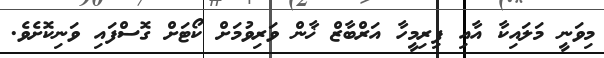
މިވަނީ މަލައިކާ އާއި ފިރިމީހާ އަރްބާޒް ޚާން ވަރިވުމަށް ކޯޓަށް ގޮސްފައި ވަނިކޮށެވެ.